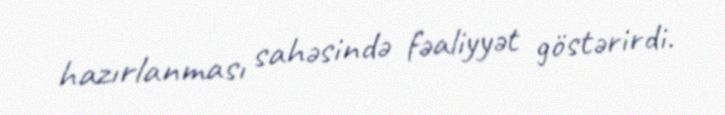
hazırlanması sahəsində fəaliyyət göstərirdi.